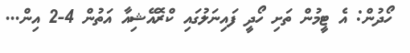
ހޯދުން: އެ ޓީމުން ތަށި ހޯދީ ފައިނަލުގައި ކްރޮއޭޝިއާ އަތުން 4-2 އިން...